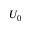
U _ { 0 }